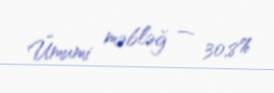
Ümumi məbləğ — 30,8%